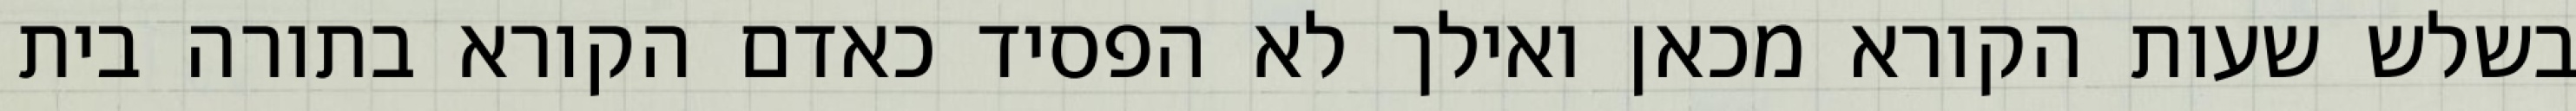
בשלש שעות הקורא מכאן ואילך לא הפסיד כאדם הקורא בתורה בית